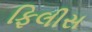
ફિલીસ